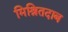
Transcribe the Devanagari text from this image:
मिश्रितदाब